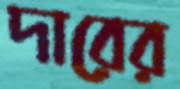
দারের